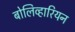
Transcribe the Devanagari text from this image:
बोलिव्हारियन